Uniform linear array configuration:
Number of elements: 24
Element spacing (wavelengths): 0.75
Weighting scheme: cosine
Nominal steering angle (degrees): -45
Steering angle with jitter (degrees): -46.223
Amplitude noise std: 0.05
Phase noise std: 0.05

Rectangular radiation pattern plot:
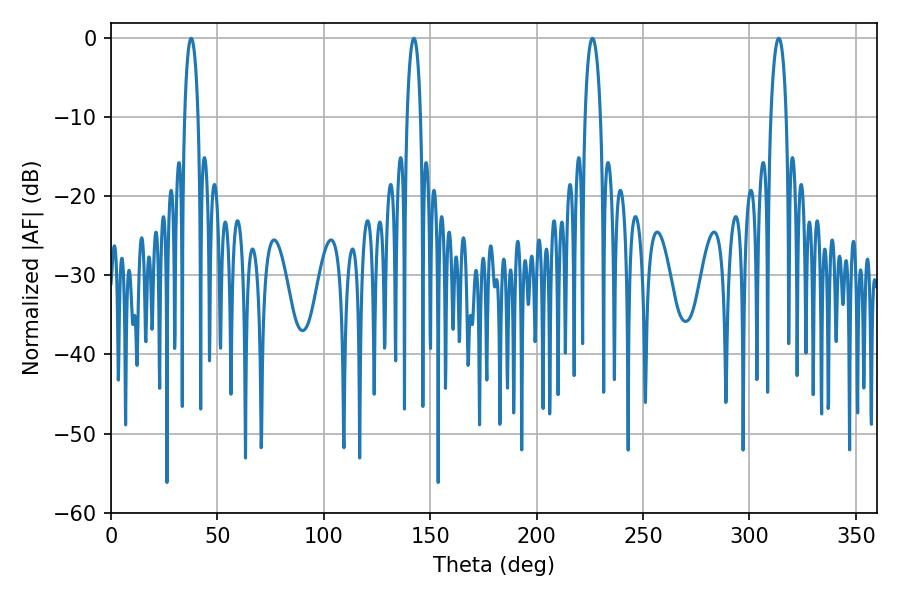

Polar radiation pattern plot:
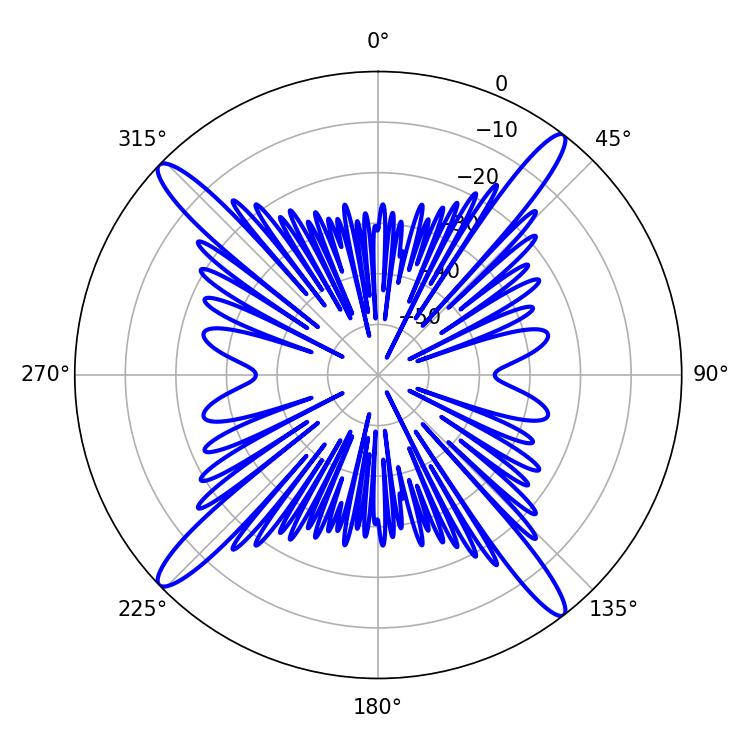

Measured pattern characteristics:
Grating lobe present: TRUE
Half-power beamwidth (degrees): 3.96
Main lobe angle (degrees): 226.26